King Institute of Preventive Medicine Micro-Biological Section reports 1912-19
Year: 1912
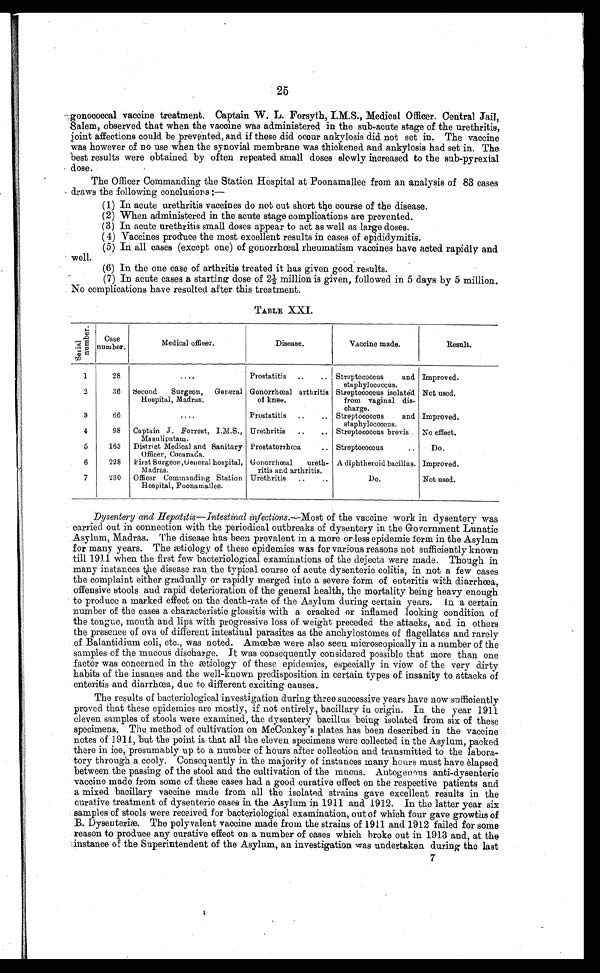
25
gonococcal vaccine treatment. Captain W. L. Forsyth, I.M.S., Medical Officer. Central Jail,
Salem, observed that when the vaccine was administered in the sub-acute stage of the urethritis,
joint affections could be prevented, and if these did occur ankylosis did not set in. The vaccine
was however of no use when the synovial membrane was thickened and ankylosis had set in. The
best results were obtained by often repeated small doses slowly increased to the sub-pyrexial
dose.
The Officer Commanding the Station Hospital at Poonamallee from an analysis of 83 cases
draws the following conclusions:—
(1) In acute urethritis vaccines do not out short the course of the disease.
(2) When administered in the acute stage complications are prevented.
(3) In acute urethritis small doses appear to act as well as large doses.
(4) Vaccines produce the most excellent results in cases of epididymitis.
(5) In all eases (except one) of gonorrhoeal rheumatism vaccines have acted rapidly and
well.
(6) In the one case of arthritis treated it has given good results.
(7) In acute cases a starting dose of 2½ million is given, followed in 5 days by 5 million.
No complications have resulted after this treatment.
TABLE XXI.
S e r i a l n u m b e r .
Case
number.
Medical officer.
Disease.
Vaccine made.
Result.
1
28
. . .
Prostatitis . . .
Streptococcus and
staphylococcus.
Improved.
2
36
Second Surgeon, General
Hospital, Madras.
Gonorrhoeal arthritis
of knee.
Streptococcus isolated
from vaginal dis
-charge.
Not used.
3
66
. . .
Prostatitis . . .
Streptococcus and
staphylococcus.
Improved.
4
98
Captain J. Forrest, I.M.S.,
Masulipatam .
Urethritis . . .
Streptococcus brevis
No effect.
5
163
District Medical and Sanitary
Officer, Cocanada.
Prostatorrhœa . . .
Streptococcus . . .
Do.
6
228
First Surgeon ,General hospital,
Madras.
Gonorrhoeal ureth-
ritis and arthritis.
A diphtheroid bacillus. Improved.
7
230
Officer Commanding Station
Hospital, Poonamallee.
Urethritis . . .
Do.
Not used.
Dysentery and Hepatitis—Intestinal infections.— Most of the vaccine work in dysentery was
carried out in connection with the periodical outbreaks of dysentery in the Government Lunatic
Asylum, Madras. The disease has been prevalent in a more or less epidemic form in the Asylum
for many years. The ætiology of these epidemics was for various reasons not sufficiently known
till 1911 when the first few bacteriological examinations of the dejecta were made. Though in
many instances the disease ran the typical course of acute dysenteric colitis, in not a few cases
the complaint either gradually or rapidly merged into a severe form of enteritis with diarrhœa,
offensive stools and rapid deterioration of the general health, the mortality being heavy enough
to produce a marked effect on the death-rate of the Asylum during certain years. In a certain
number of the cases a characteristic glossitis with a cracked or inflamed looking condition of
the tongue, mouth and lips with progressive loss of weight preceded the attacks, and in others
the presence of ova of different intestinal parasites as the anchylostomes of flagellates and rarely
of Balantidium coli, etc., was noted. Amœbæ were also seen microscopically in a number of the
samples of the mucous discharge. It was consequently considered possible that more than one
factor was concerned in the ætiology of these epidemics, especially in view of the very dirty
habits of the insanes and the well-known predisposition in certain types of insanity to attacks of
enteritis and diarrhœa, due to different exciting causes.
The results of bacteriological investigation during three successive years have now sufficiently
proved that these epidemics are mostly, if not entirely, bacillary in origin. In. the year 1911
eleven samples of stools were examined, the dysentery bacillus being isolated from six of these
specimens. The method of cultivation on McConkey's plates has been described in the vaccine
notes of 1911, but the point is that all the eleven specimens were collected in the Asylum, packed
there in ice, presumably up to a number of hours after collection and transmitted to the labora
- t o r y t h r o u g h a c o o l y . C o n s e q u e n t l y i n t h e m a j o r i t y o f i n s t a n c e s m a n y h o u r s m u s t h a v e è l a p s e d
between the passing of the stool and the cultivation of the mucus. Autogenous anti-dysenteric
vaccine made from some of these cases had a good curative effect on the respective patients and
a mixed bacillary vaccine made from all the isolated strains gave excellent results in the
curative treatment of dysenteric cases in the Asylum in 1911 and 1912. In the latter year six
samples of stools were received for bacteriological examination, out of which four gave growths of
B. Dysenteriæ. The polyvalent vaccine made from the strains of 1911 and 1912 failed for some
reason to produce any curative effect on a number of cases which broke out in 1913 and, at the
.instance of the Superintendent of the Asylum, an investigation was undertaken during the last
7